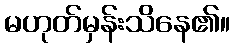
မဟုတ်မှန်းသိနေ၏။